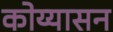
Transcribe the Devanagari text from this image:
कोय्यासन